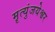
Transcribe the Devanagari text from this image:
मॄत्युंजयेश्वर